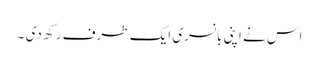
اس نے اپنی بانسری ایک طرف رکھ دی ۔